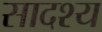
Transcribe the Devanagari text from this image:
सादश्य